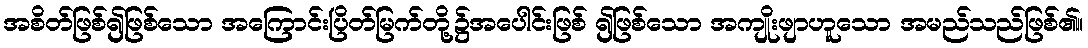
အစိတ်ဖြစ်၍ဖြစ်သော အကြောင်းပြိတ်မြက်တို့၌အပေါင်းဖြစ် ၍ဖြစ်သော အကျိုးဖျာဟူသော အမည်သည်ဖြစ်၏။